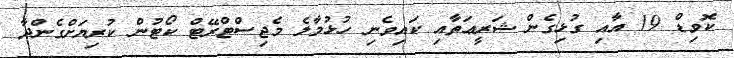
ކޮވިޑް 19 އާއި ގުޅިގެން ޝަރީޢަތާއި ކައިވެނި ހުޅުމާލެ މެޖިސްޓްރޭޓް ކޯޓުން ކުރިޔަށްގެންދާ